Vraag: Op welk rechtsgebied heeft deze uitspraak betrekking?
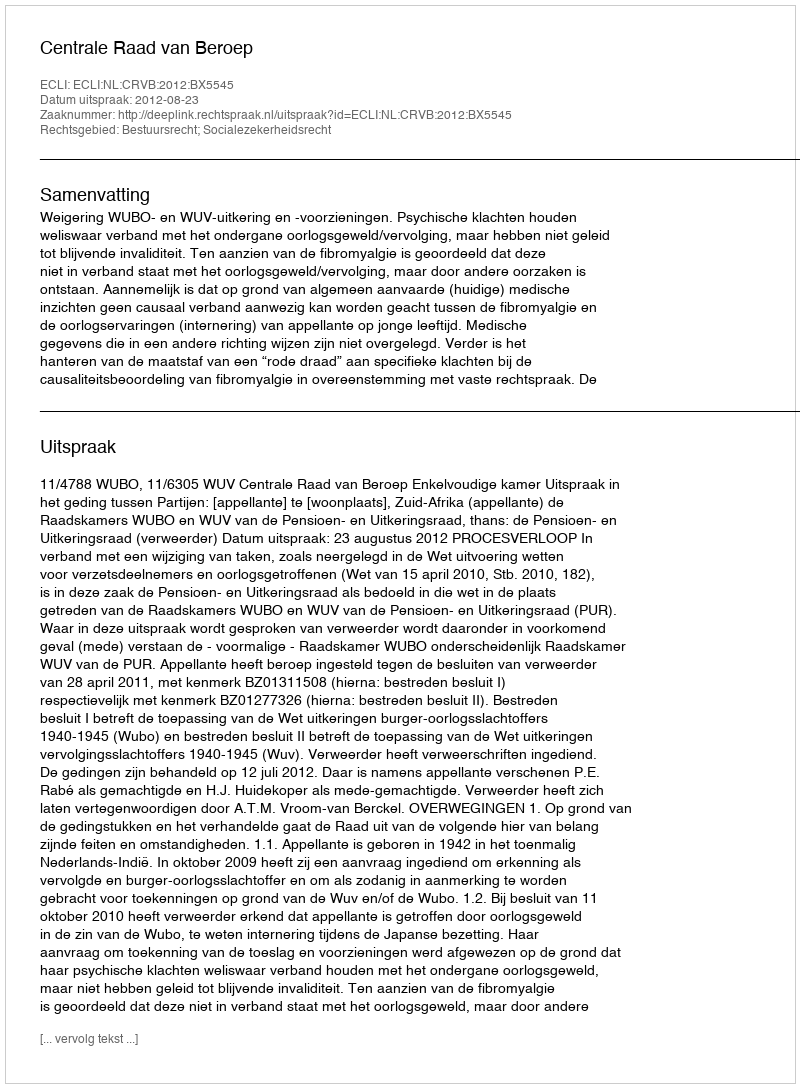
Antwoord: Bestuursrecht; Socialezekerheidsrecht